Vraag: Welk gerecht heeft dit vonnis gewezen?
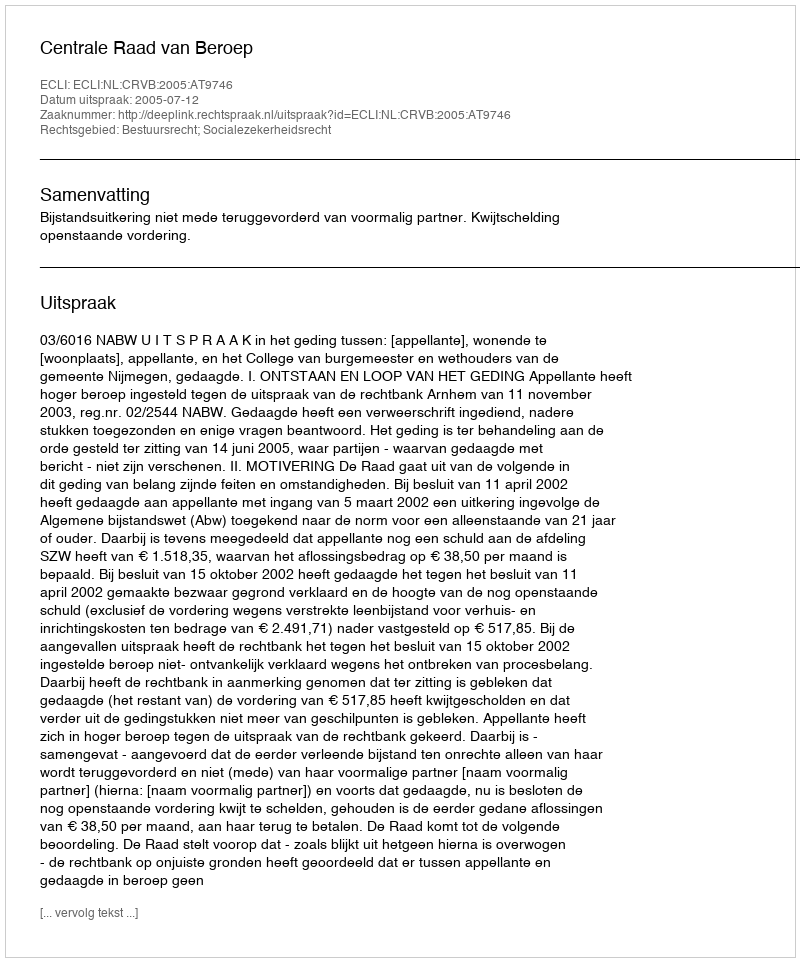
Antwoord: Centrale Raad van Beroep